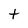
Character: t